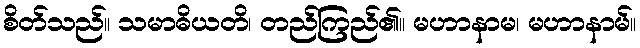
စိတ်သည်။ သမာဓိယတိ၊ တည်ကြည်၏။ မဟာနာမ၊ မဟာနာမ်။